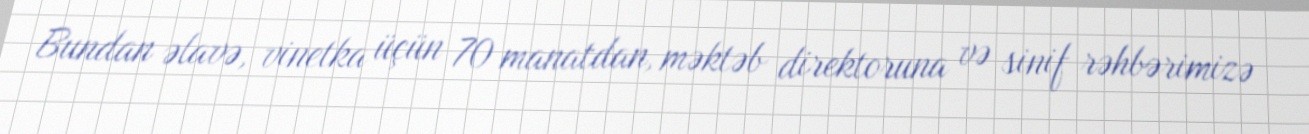
Bundan əlavə, vinetka üçün 70 manatdan, məktəb direktoruna və sinif rəhbərimizə